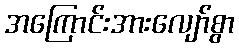
အကြောင်းအားလျော်စွာ